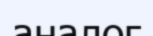
аналог